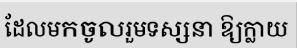
ដែលមកចូលរួមទស្សនា ឱ្យក្លាយ